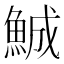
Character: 鯎